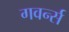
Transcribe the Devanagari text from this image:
गवर्न्स